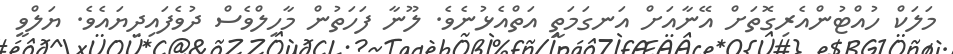
މަަލަކް ހުއްޓުންއެރިގޮތަށް އޭނާއަށް އަނގަމަތީ އަތްއެޅުނެވެ. ލޫނާ ފަަހަތުން މާހިލްވެސް ދުވެފައިދިޔައެވެ. ޔަލްވީ